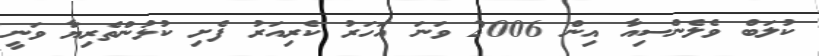
ކުލަބް ވެލެންސިއާ އިން 2006 ވަނަ އަހަރު ކެރިއަރު ފެށި ކުޅުންތެރިޔާ ވަނީ